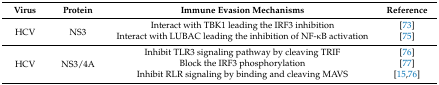
| Virus | Protein | Immune Evasion Mechanisms | Reference |
 | --- | --- | --- | --- |
 | <ROWSPAN=2> HCV | <ROWSPAN=2> NS3 | Interact with TBK1 leading the IRF3 inhibition | [73] |
 | Interact with LUBAC leading the inhibition of NF-κB activation | [75] |
 | <ROWSPAN=3> HCV | <ROWSPAN=3> NS3/4A | Inhibit TLR3 signaling pathway by cleaving TRIF | [76] |
 | Block the IRF3 phosphorylation | [77] |
 | Inhibit RLR signaling by binding and cleaving MAVS | [15,76] |